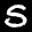
Label: 5